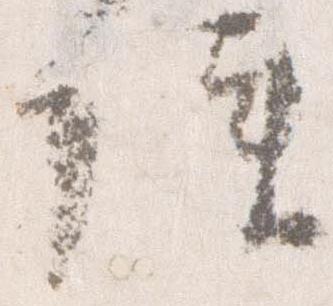
便